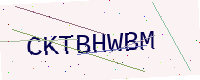
Text: CKTBHWBM